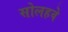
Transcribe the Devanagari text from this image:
सोलहवे